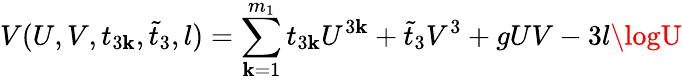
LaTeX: V(U,V,t_{3\mathbf{k}},\tilde{{t}}_{3},l)=\sum_{\mathbf{k}=1}^{m_{1}}t_{3\mathbf{k}}U^{3\mathbf{k}}+\tilde{{t}}_{3}V^{3}+gUV-3l\logU